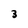
Character: 3